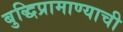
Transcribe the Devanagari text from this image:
बुद्धिप्रामाण्याची